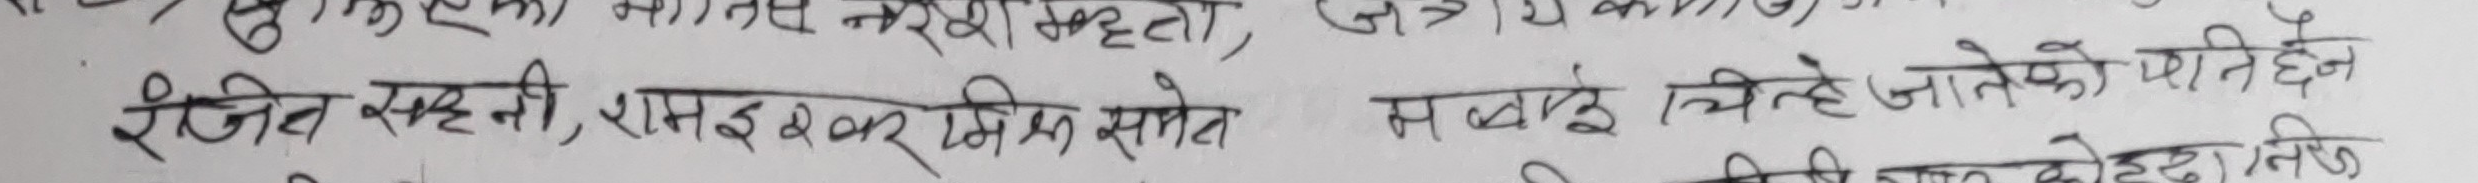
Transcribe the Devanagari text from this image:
रजित सहनी, रामेश्वर मिश्र समेत, सबै चिने जात्तेको पनि छैन
निज